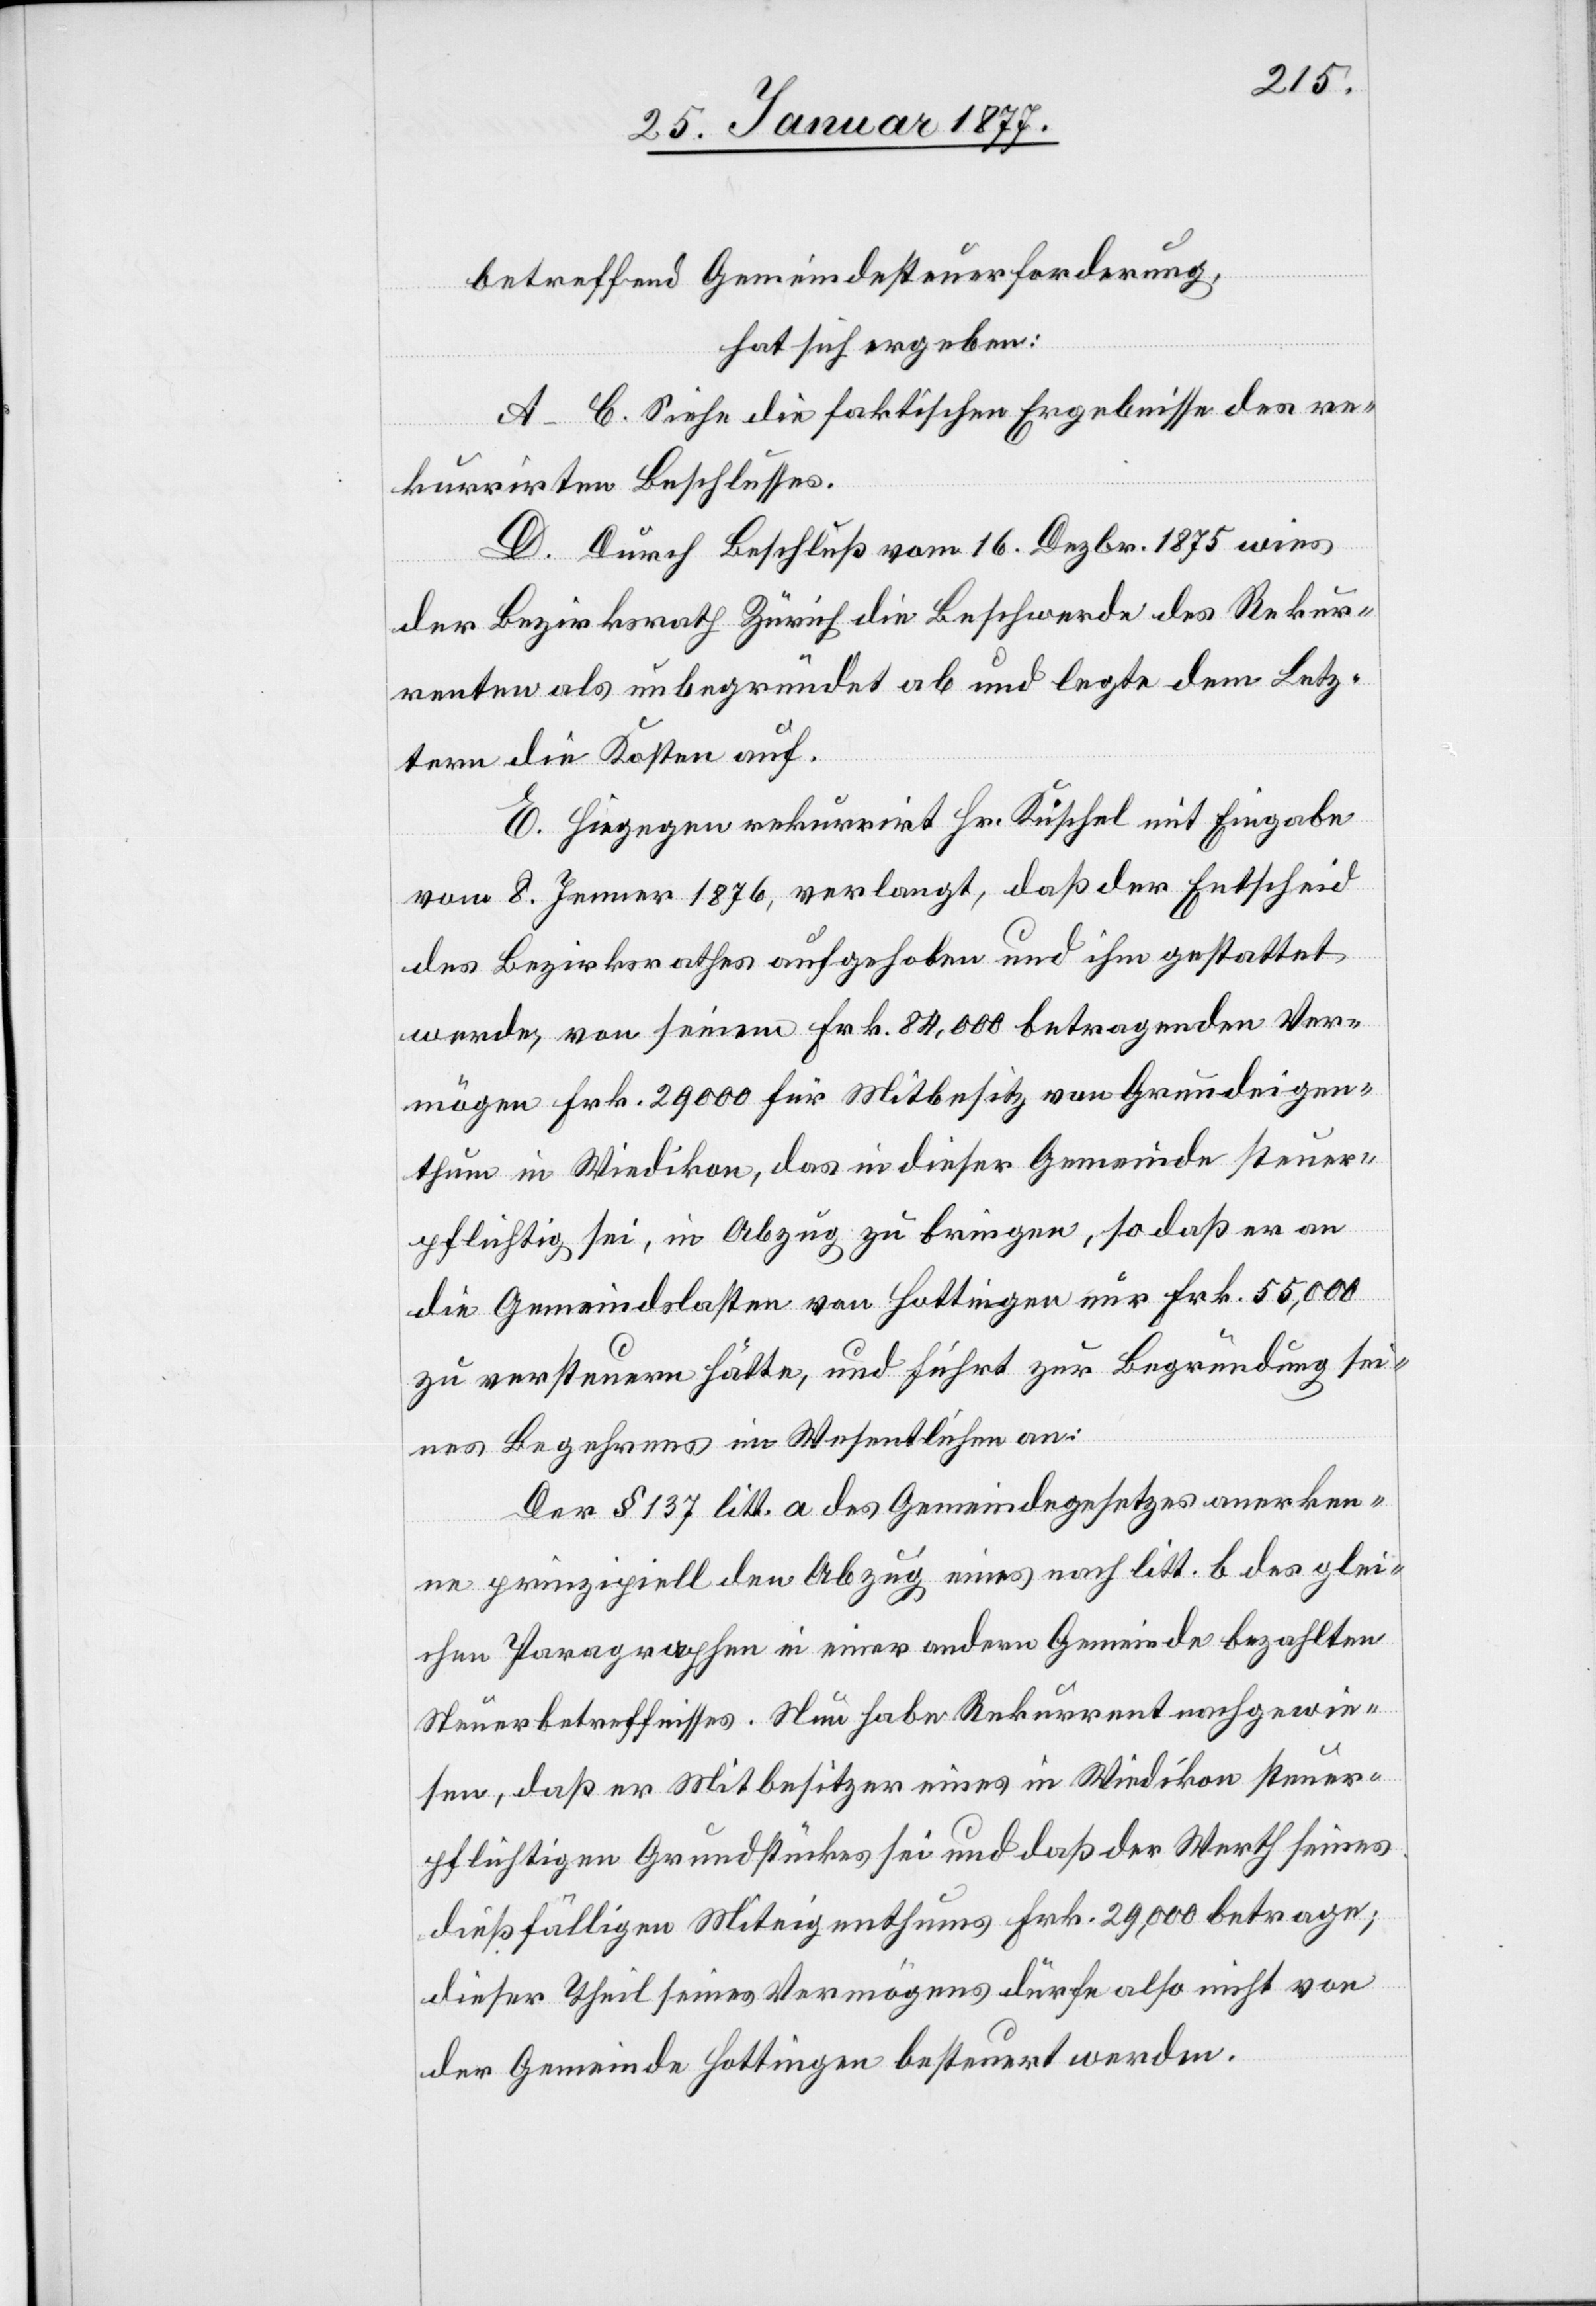
betreffend Gemeindesteuerforderung,
hat sich ergeben:
A–C. Siehe die faktischen Ergebnisse des re¬
kurrirten Beschlusses.
D. Durch Beschluß vom 16. Dezbr. 1875 wies
der Bezirksrath Zürich die Beschwerde des Rekur¬
renten als unbegründet ab und legte dem Letz¬
tern die Kosten auf.
E. Hiegegen rekurrirt Hr. Kuschel mit Eingabe
vom 8. Jenner 1876, verlangt, daß der Entscheid
des Bezirksrathes aufgehoben und ihm gestattet
werde, von seinem Frk. 84,000 betragenden Ver¬
mögen Frk. 29,000 für Mitbesitz von Grundeigen¬
thum in Wiedikon, das in dieser Gemeinde steuer¬
pflichtig sei, in Abzug zu bringen, so daß er an
die Gemeindslasten von Hottingen nur Frk. 55,000
zu versteuern hätte, und führt zur Begründung sei¬
nes Begehrens im Wesentlichen an:
Der § 137 litt. a des Gemeindegesetzes anerken¬
ne prinzipiell den Abzug eines nach litt. b des glei¬
chen Paragraphen in einer andern Gemeinde bezahlten
Steuerbetreffnisses. Nun habe Rekurrent nachgewie¬
sen, daß er Mitbesitzer eines in Wiedikon steuer¬
pflichtigen Grundstückes sei und daß der Werth seines
dießfälligen Miteigenthums Frk. 29,000 betrage;
dieser Theil seines Vermögens dürfe also nicht von
der Gemeinde Hottingen besteuert werden.